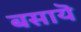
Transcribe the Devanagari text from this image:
बसायॆ